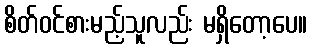
စိတ်ဝင်စားမည့်သူလည်း မရှိတော့ပေ။